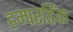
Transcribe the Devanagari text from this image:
हम्परडिंक